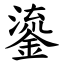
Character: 鎏